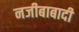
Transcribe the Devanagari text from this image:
नजीबाबादी